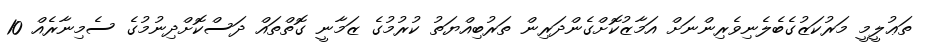
ތަޢުލީމީ މަރުކަޒުގެބެލެނިވެރިންނަށް އަމާޒުކޮށްގެންދަރިން ތަރުބިއްޔަތު ކުރުމުގެ ޒަމާނީ ގޮތްތައް ދަސްކޮށްދިނުމުގެ ސެމިނާރެއް 10